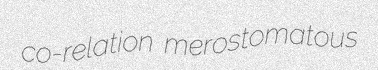
co-relation merostomatous